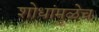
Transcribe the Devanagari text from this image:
शोधांमुळेच